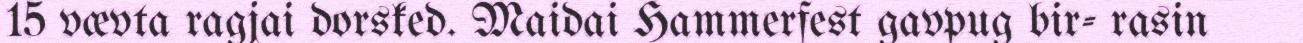
15 vævta ragjai dorsked. Maidai Hammerfest gavpug bir- rasin